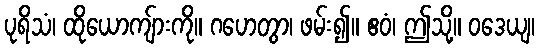
ပုရိသံ၊ ထိုယောကျ်ားကို။ ဂဟေတွာ၊ ဖမ်း၍။ ဧဝံ၊ ဤသို့။ ဝဒေယျ၊